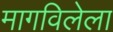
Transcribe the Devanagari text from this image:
मागविलेला